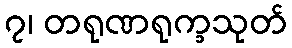
၇၊ တရုဏရုက္ခသုတ်